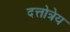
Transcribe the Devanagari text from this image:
दत्तोत्रेय